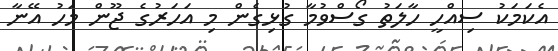
އެކަމަކު ސިއްހީ ހާލަތު ގޯސްވުމާ ގުޅިގެން މި އަހަރުގެ ޖޫން މަހު އޭނާ